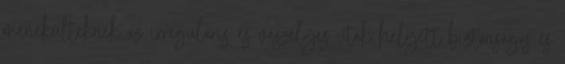
menekülteknek az irreguláris és veszélyes utak helyett biztonságos és